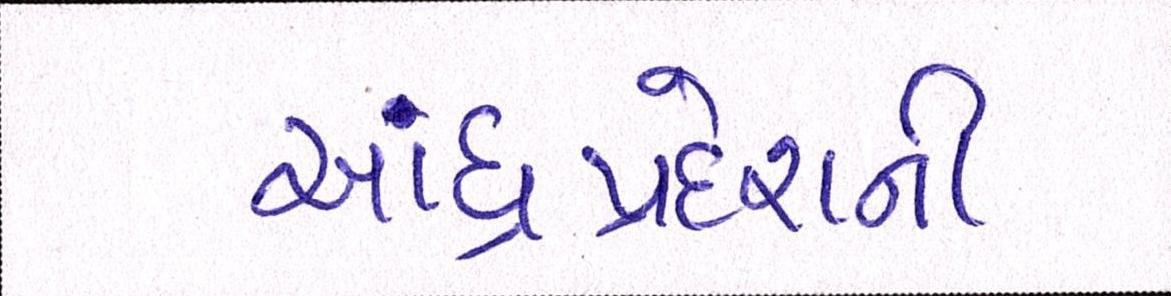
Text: આંધ્રપ્રદેશની